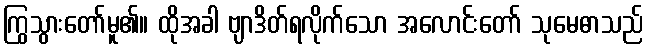
ကြွသွားတော်မူ၏။ ထိုအခါ ဗျာဒိတ်ရလိုက်သော အလောင်းတော် သုမေဓာသည်